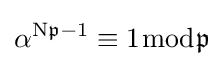
\alpha ^{\mathrm {N} {\mathfrak {p}}-1}\equiv 1{\bmod {\mathfrak {p}}}